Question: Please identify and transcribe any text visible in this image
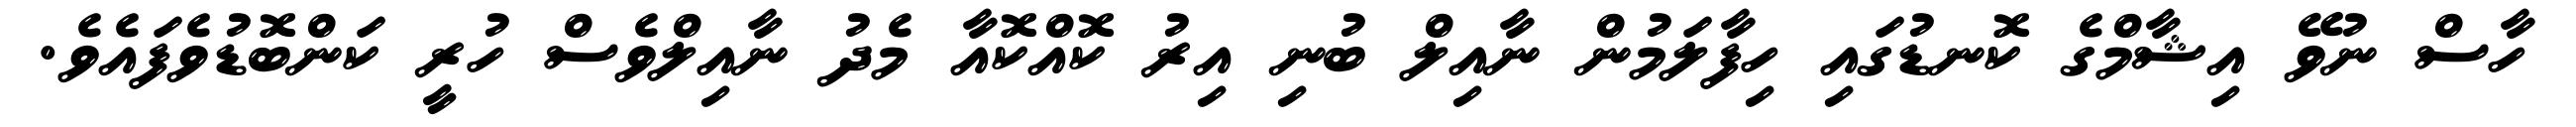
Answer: ހާސް ނުވޭ އިޝާމްގެ ކޮނޑުގައި ހިފާލަމުން ނާއިލް ބުނި އިރު ކޮއްކޮއާ މެދު ނާއިލްވެސް ހުރީ ކަންބޮޑުވެފައެވެ.